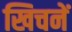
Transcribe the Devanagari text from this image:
खिचनें